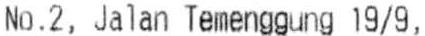
NO.2, JALAN TEMENGGUNG 19/9,